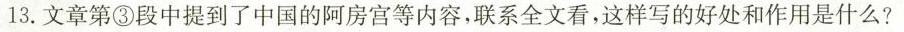
13.文章第③段中提到了中国的阿房宫等内容，联系全文看，这样写的好处和作用是什么?